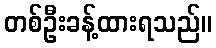
တစ်ဦးခန့်ထားရသည်။